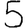
Digit: 5